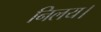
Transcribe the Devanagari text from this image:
निलय।